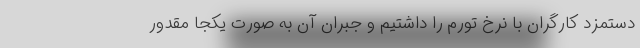
دستمزد کارگران با نرخ تورم را داشتیم و جبران آن به صورت یکجا مقدور